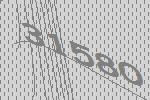
31580